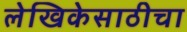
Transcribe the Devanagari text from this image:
लेखिकेसाठीचा